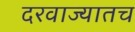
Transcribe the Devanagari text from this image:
दरवाज्यातच